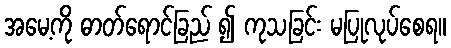
အမေ့ကို ဓာတ်ရောင်ခြည် ၍ ကုသခြင်း မပြုလုပ်စေရ။